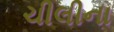
ચીલીના